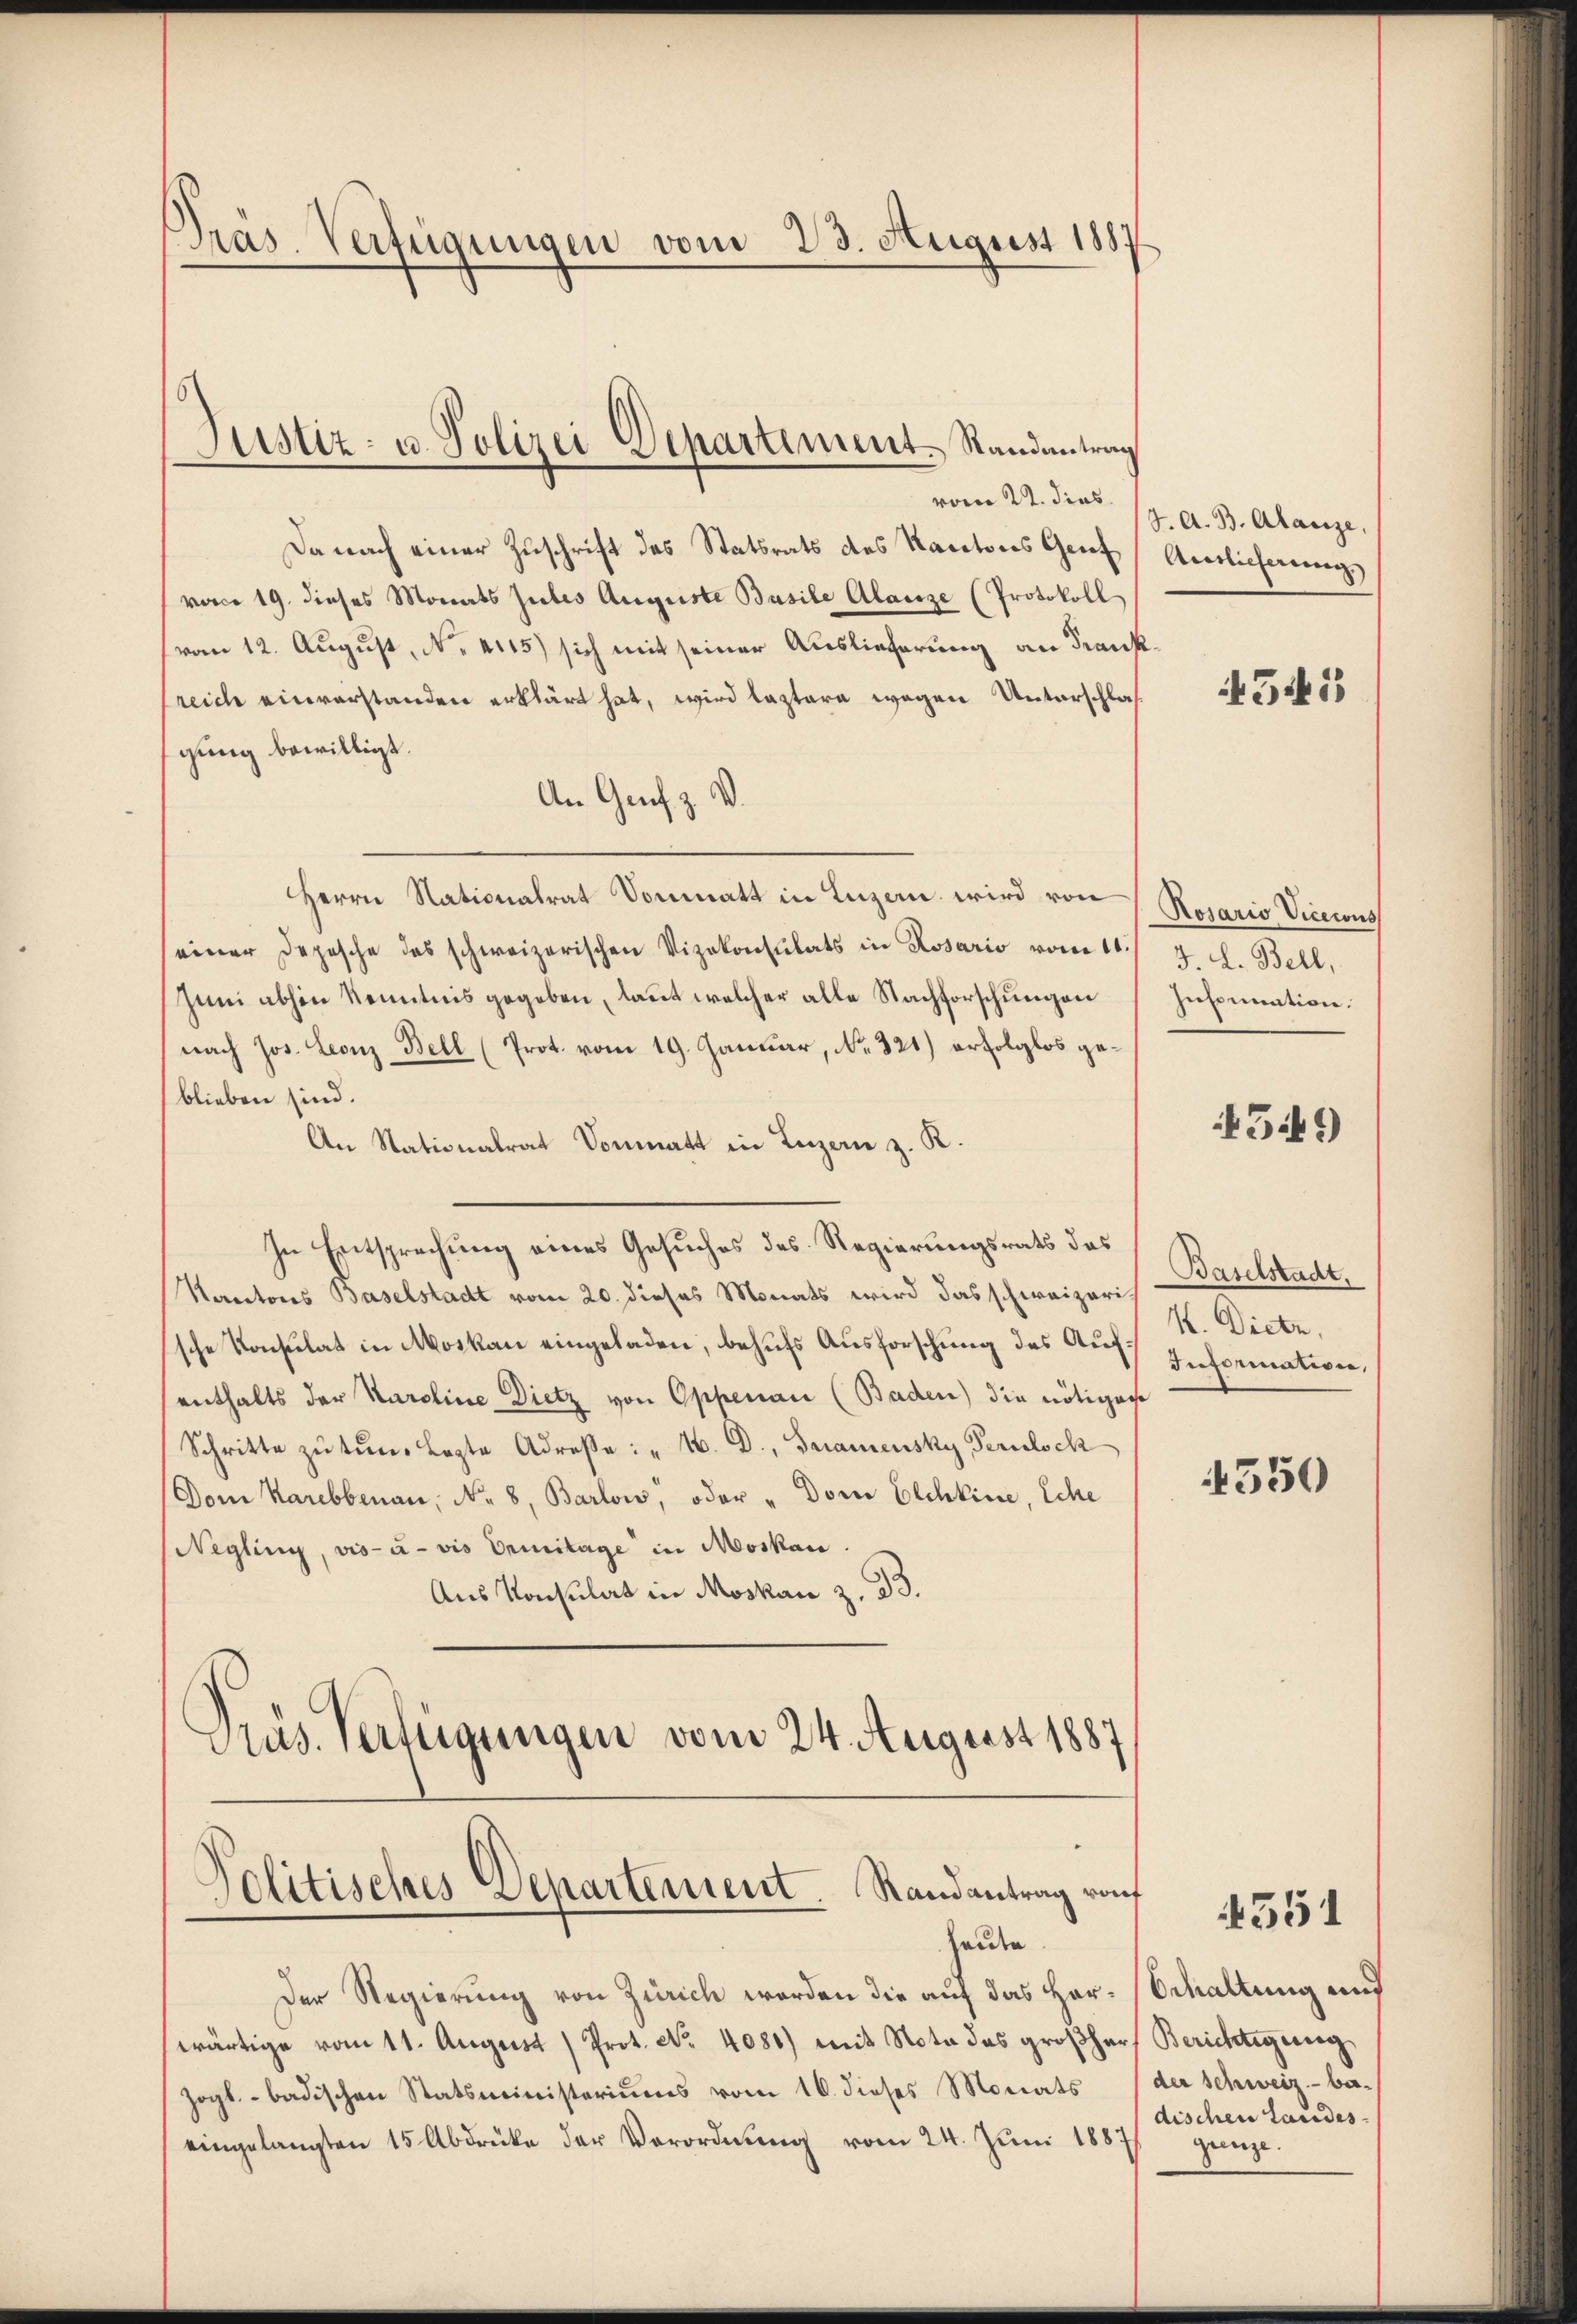
Präs. Verfügungen vom 23. August 1887

Da nach einer Zuschrift des Statsrats des Kantons Genf
vom 19. dieses Monats Gutes Auguste Basile Alanze (Protokoll
(vom 12. August, No. 4115) sich mit seiner Auslieferung an Franksreich einverstanden erklärt hat, wird lastere wegen Unterschlagung bewilligt.
An Genf z. V.
Herrn Nationalrat Sonmatt in Luzern wird von
seiner Depesche des schweizerischen Vizekonsulats in Rosario vom 11.
Juni abhin Kenntnis gegeben, laut welcher alle Nachforschungen
(nach Jos. Leonz Bell (Prot. vom 19. Januar, No. 321) erfolglos geblieben sind.
An Nationalrat Sonmatt in Luzern z. R.
In Entsprechung eines Gesuches des Regierungsrats das
Kantons Baselstadt vom 20. dieses Monats wird das schweizerische Konsulat in Moskau eingeladen, behufs Ausforschung des Auf Informativen,
enthalts der Karoline Dietz von Oppenau (Baden) die nötiger
Schritte zŭ tŭn. Lezte Adreβe: "M. D., Gramensky Perulock
Dom Karebbenau, No. 8, Barlow, oder „Dom Elchkine, Eche
Negling, vis-à-vis Ermitage in Moskau.
Aus Konsulat in Moskau z. B.
Präs. Verfügungen vom 24. August 1887

Justiz- u. Polizei Departement. Randantrag
vom 22. dies

Der Regierung von Zürich werden die auf das Herwärtige vom 11. August ) Prot. No. 4080) mit Nota das großher Berichtigung
zogl. badischen Statsministeriums vom 16. dieses Monats
eingelangten 15 Abdrücke der Verordnŭng vom 24. Jŭni 1887 genze.

Politisches Departement. Randantrag rout
heute

J. A. B. Alanze,
Auslieferung
4345

Rosario Vicecons
3. d. Bell,
Inbination.

4549

Baselstadt.
K. Dietr.

4550

4551

behaltung und
der Schweiz.- be-
dischen Landes.